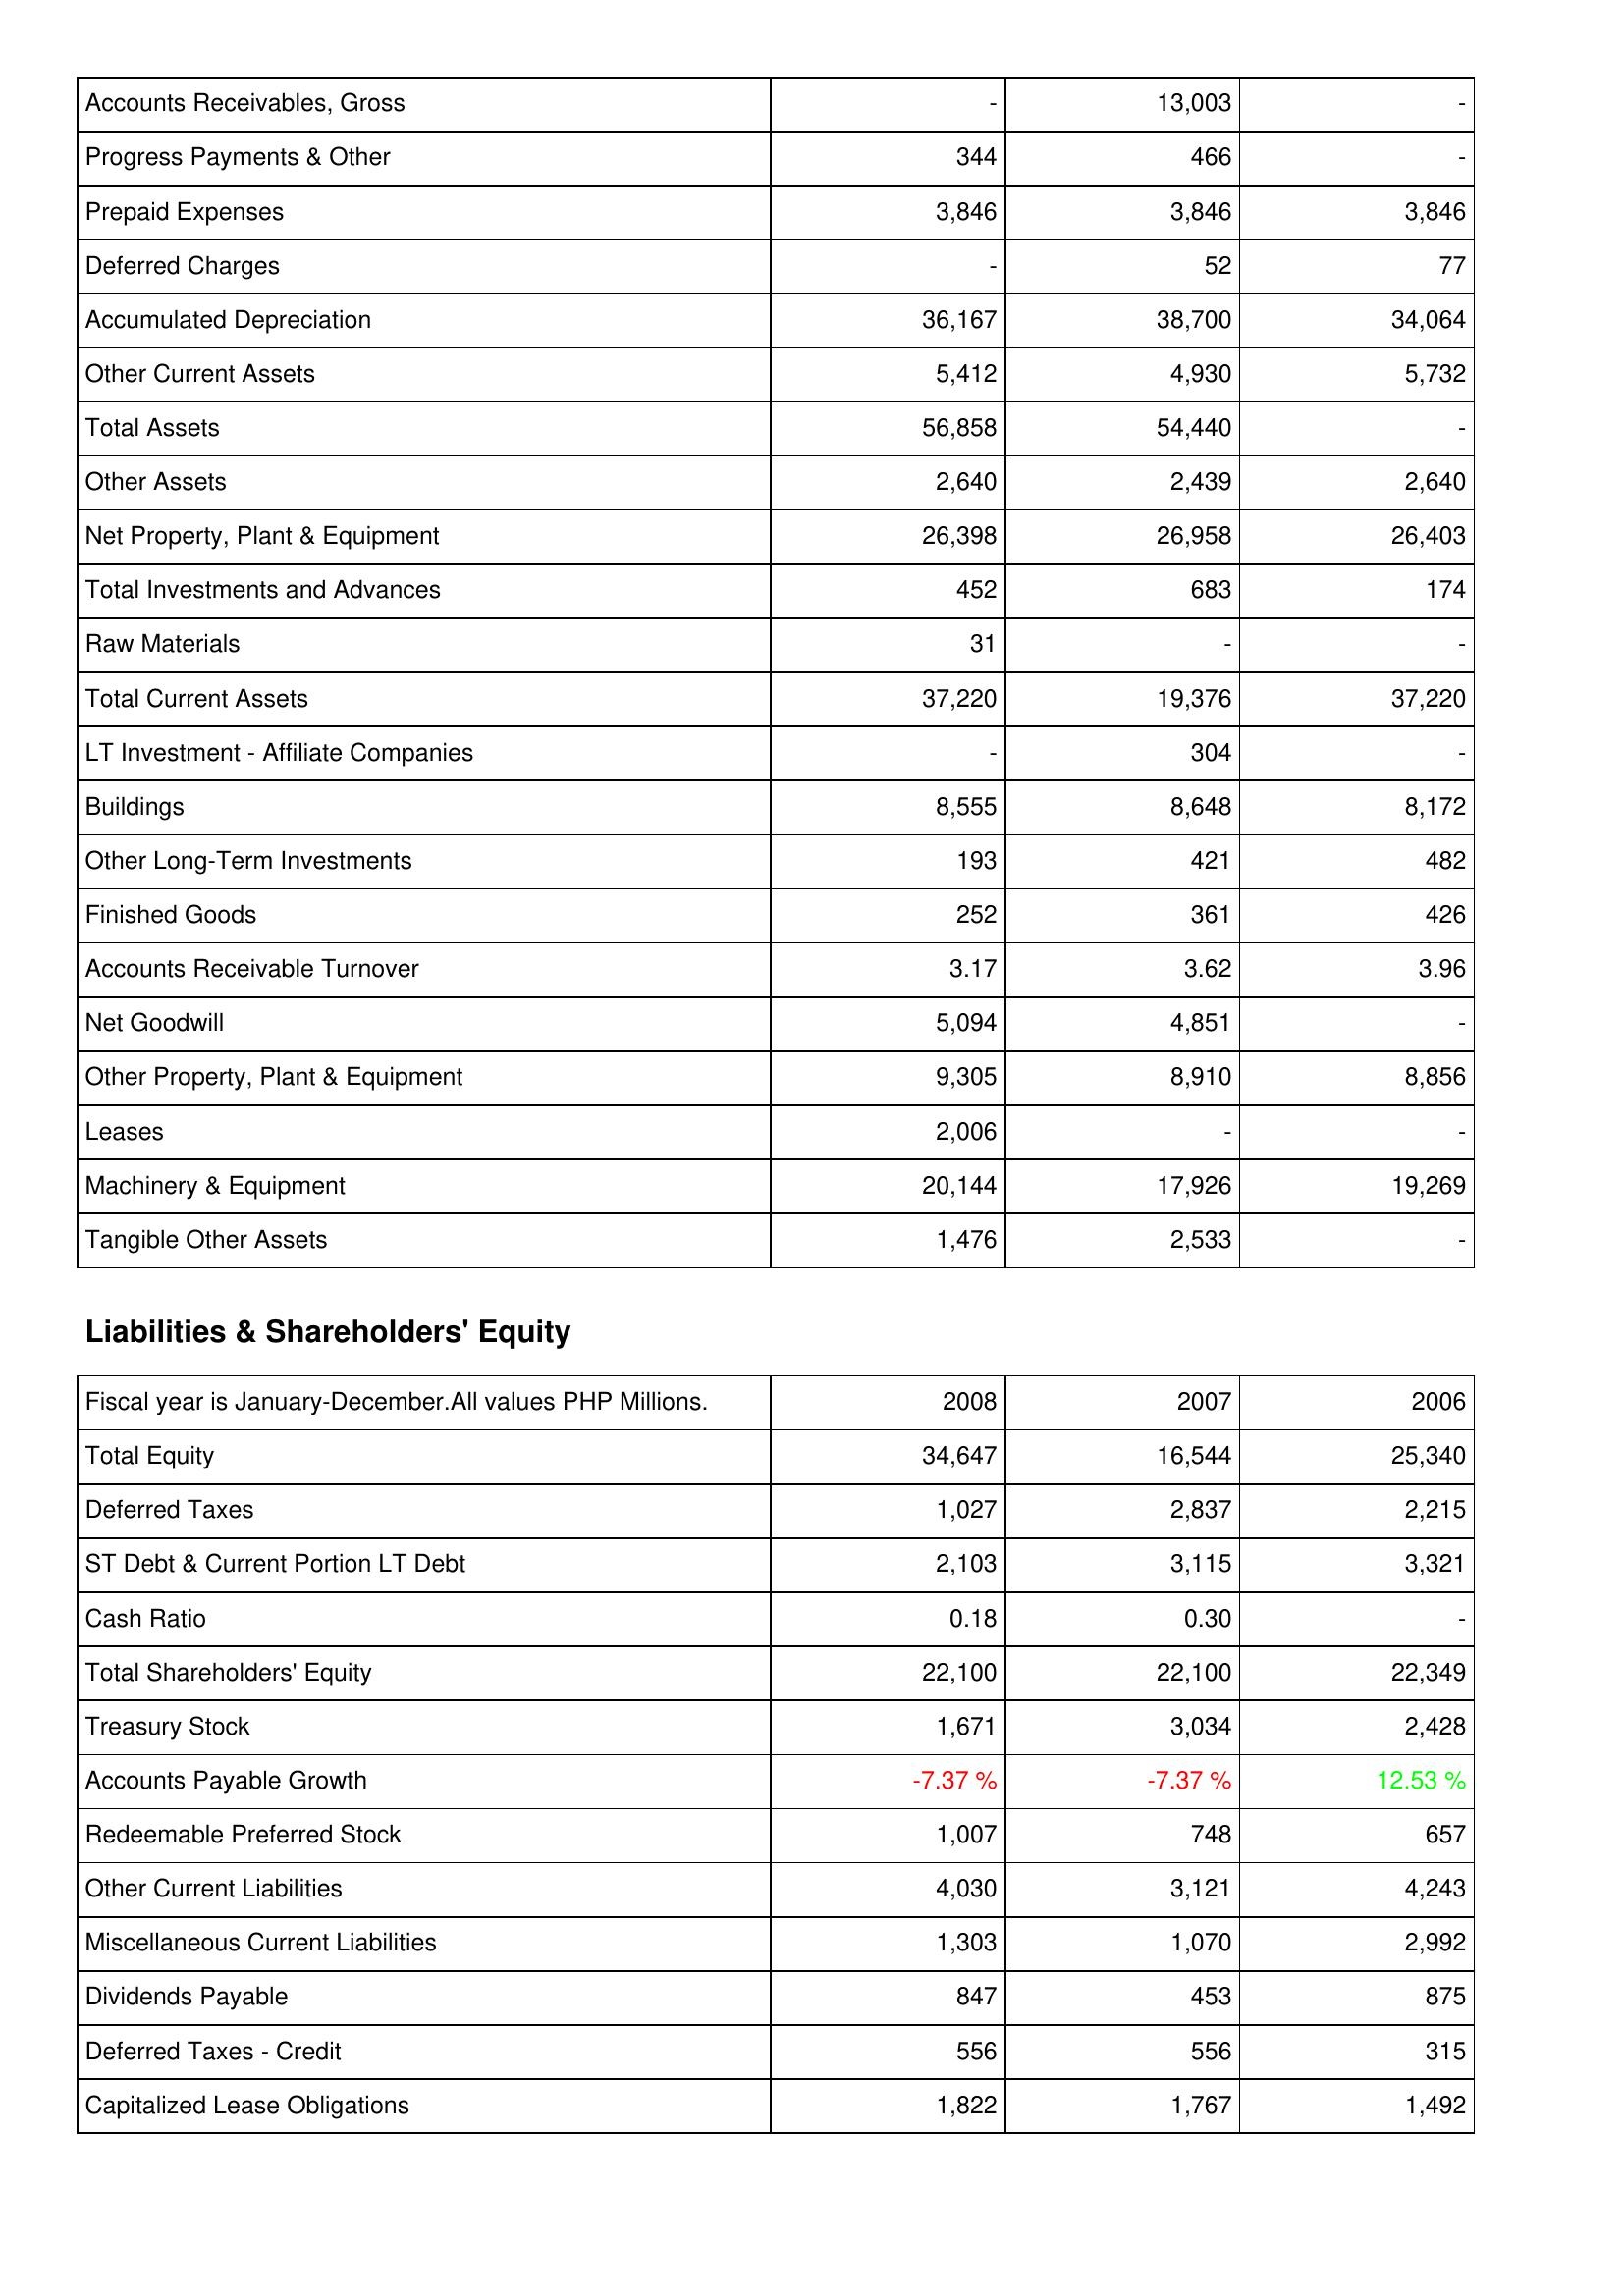
2008: Assets: Accounts Receivables, Gross: -
Progress Payments & Other: 344
Prepaid Expenses: 3,846
Deferred Charges: -
Accumulated Depreciation: 36,167
Other Current Assets: 5,412
Total Assets: 56,858
Other Assets: 2,640
Net Property, Plant & Equipment: 26,398
Total Investments and Advances: 452
Raw Materials: 31
Total Current Assets: 37,220
LT Investment - Affiliate Companies: -
Buildings: 8,555
Other Long-Term Investments: 193
Finished Goods: 252
Accounts Receivable Turnover: 3.17
Net Goodwill: 5,094
Other Property, Plant & Equipment: 9,305
Leases: 2,006
Machinery & Equipment: 20,144
Tangible Other Assets: 1,476
Liabilities & Shareholders' Equity: Total Equity: 34,647
Deferred Taxes: 1,027
ST Debt & Current Portion LT Debt: 2,103
Cash Ratio: 0.18
Total Shareholders' Equity: 22,100
Treasury Stock: 1,671
Accounts Payable Growth: -7.37 %
Redeemable Preferred Stock: 1,007
Other Current Liabilities: 4,030
Miscellaneous Current Liabilities: 1,303
Dividends Payable: 847
Deferred Taxes - Credit: 556
Capitalized Lease Obligations: 1,822
2007: Assets: Accounts Receivables, Gross: 13,003
Progress Payments & Other: 466
Prepaid Expenses: 3,846
Deferred Charges: 52
Accumulated Depreciation: 38,700
Other Current Assets: 4,930
Total Assets: 54,440
Other Assets: 2,439
Net Property, Plant & Equipment: 26,958
Total Investments and Advances: 683
Raw Materials: -
Total Current Assets: 19,376
LT Investment - Affiliate Companies: 304
Buildings: 8,648
Other Long-Term Investments: 421
Finished Goods: 361
Accounts Receivable Turnover: 3.62
Net Goodwill: 4,851
Other Property, Plant & Equipment: 8,910
Leases: -
Machinery & Equipment: 17,926
Tangible Other Assets: 2,533
Liabilities & Shareholders' Equity: Total Equity: 16,544
Deferred Taxes: 2,837
ST Debt & Current Portion LT Debt: 3,115
Cash Ratio: 0.30
Total Shareholders' Equity: 22,100
Treasury Stock: 3,034
Accounts Payable Growth: -7.37 %
Redeemable Preferred Stock: 748
Other Current Liabilities: 3,121
Miscellaneous Current Liabilities: 1,070
Dividends Payable: 453
Deferred Taxes - Credit: 556
Capitalized Lease Obligations: 1,767
2006: Assets: Accounts Receivables, Gross: -
Progress Payments & Other: -
Prepaid Expenses: 3,846
Deferred Charges: 77
Accumulated Depreciation: 34,064
Other Current Assets: 5,732
Total Assets: -
Other Assets: 2,640
Net Property, Plant & Equipment: 26,403
Total Investments and Advances: 174
Raw Materials: -
Total Current Assets: 37,220
LT Investment - Affiliate Companies: -
Buildings: 8,172
Other Long-Term Investments: 482
Finished Goods: 426
Accounts Receivable Turnover: 3.96
Net Goodwill: -
Other Property, Plant & Equipment: 8,856
Leases: -
Machinery & Equipment: 19,269
Tangible Other Assets: -
Liabilities & Shareholders' Equity: Total Equity: 25,340
Deferred Taxes: 2,215
ST Debt & Current Portion LT Debt: 3,321
Cash Ratio: -
Total Shareholders' Equity: 22,349
Treasury Stock: 2,428
Accounts Payable Growth: 12.53 %
Redeemable Preferred Stock: 657
Other Current Liabilities: 4,243
Miscellaneous Current Liabilities: 2,992
Dividends Payable: 875
Deferred Taxes - Credit: 315
Capitalized Lease Obligations: 1,492